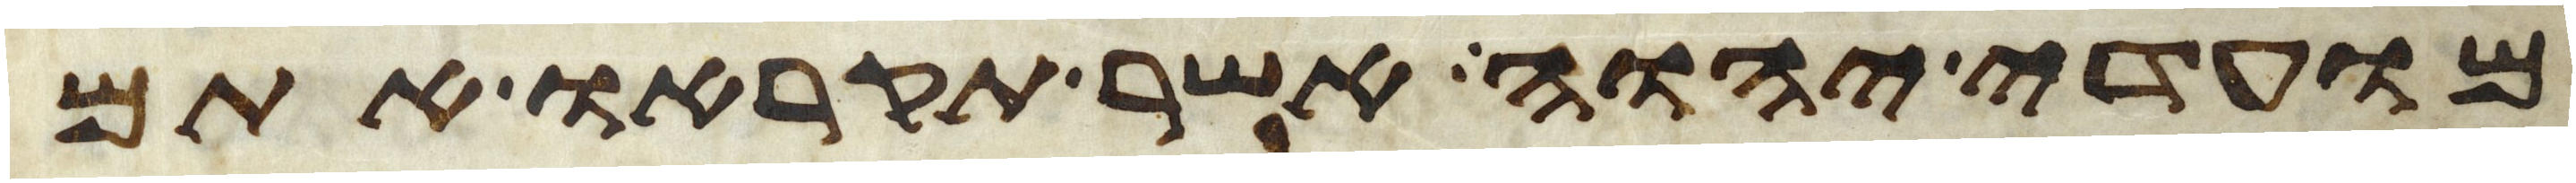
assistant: מועדי יהוה אשר תקראו אתם